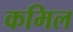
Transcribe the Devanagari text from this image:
कमिल